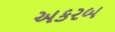
અકરબ